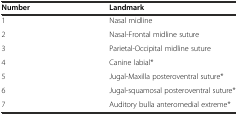
<table><thead><tr><td><b>Number</b></td><td><b>Landmark</b></td></tr></thead><tbody><tr><td>1</td><td>Nasal midline</td></tr><tr><td>2</td><td>Nasal-Frontal midline suture</td></tr><tr><td>3</td><td>Parietal-Occipital midline suture</td></tr><tr><td>4</td><td>Canine labial*</td></tr><tr><td>5</td><td>Jugal-Maxilla posteroventral suture*</td></tr><tr><td>6</td><td>Jugal-squamosal posteroventral suture*</td></tr><tr><td>7</td><td>Auditory bulla anteromedial extreme*</td></tr></tbody></table>